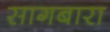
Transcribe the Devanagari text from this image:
सागबारा